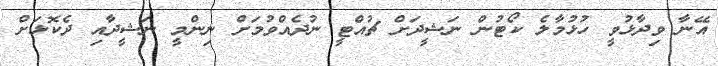
އޭނާ ވިދާޅުވީ ހުޅުމާލެ ކޯޓުން ނަޝީދަށް ޗުއްޓީ ނުދެއްވުމަށް ނިންމީ ނަޝީދާއި ދެކޮޅަށް